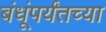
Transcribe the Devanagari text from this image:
बंधूंपर्यंतच्या